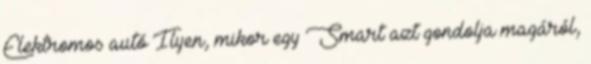
Elektromos autó Ilyen, mikor egy Smart azt gondolja magáról,